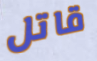
قاتل